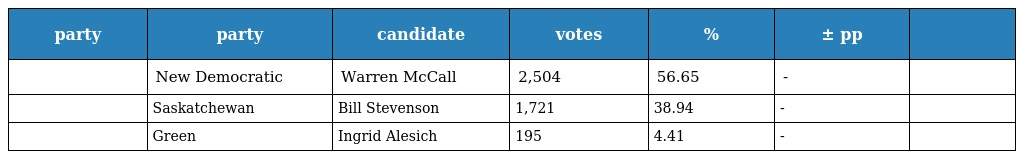
| party | party | candidate | votes | % | ± pp |  |
 | --- | --- | --- | --- | --- | --- | --- |
 |  | New Democratic | Warren McCall | 2,504 | 56.65 | - |  |
 |  | Saskatchewan | Bill Stevenson | 1,721 | 38.94 | - |  |
 |  | Green | Ingrid Alesich | 195 | 4.41 | - |  |